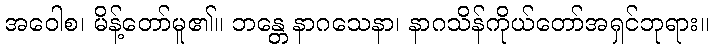
အဝေါစ၊ မိန့်တော်မူ၏။ ဘန္တေ နာဂသေနာ၊ နာဂသိန်ကိုယ်တော်အရှင်ဘုရား။